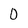
Character: 0